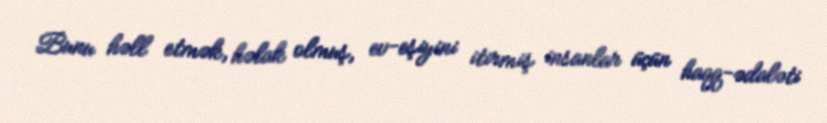
Bunu həll etmək, həlak olmuş, ev-eşiyini itirmiş insanlar üçün haqq-ədaləti